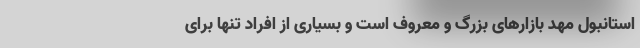
استانبول مهد بازارهای بزرگ و معروف است و بسیاری از افراد تنها برای